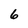
Character: 6